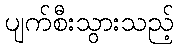
ပျက်စီးသွားသည့်